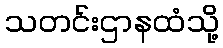
သတင်းဌာနထံသို့